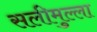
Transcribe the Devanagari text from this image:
सलीमुल्ला